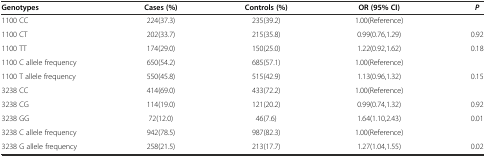
| Genotypes | Cases (%) | Controls (%) | OR (95% CI) | P |
 | --- | --- | --- | --- | --- |
 | 1100 CC | 224(37.3) | 235(39.2) | 1.00(Reference) |  |
 | 1100 CT | 202(33.7) | 215(35.8) | 0.99(0.76,1.29) | 0.92 |
 | 1100 TT | 174(29.0) | 150(25.0) | 1.22(0.92,1.62) | 0.18 |
 | 1100 C allele frequency | 650(54.2) | 685(57.1) | 1.00(Reference) |  |
 | 1100 T allele frequency | 550(45.8) | 515(42.9) | 1.13(0.96,1.32) | 0.15 |
 | 3238 CC | 414(69.0) | 433(72.2) | 1.00(Reference) |  |
 | 3238 CG | 114(19.0) | 121(20.2) | 0.99(0.74,1.32) | 0.92 |
 | 3238 GG | 72(12.0) | 46(7.6) | 1.64(1.10,2.43) | 0.01 |
 | 3238 C allele frequency | 942(78.5) | 987(82.3) | 1.00(Reference) |  |
 | 3238 G allele frequency | 258(21.5) | 213(17.7) | 1.27(1.04,1.55) | 0.02 |